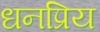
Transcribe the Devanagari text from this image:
धनप्रिय